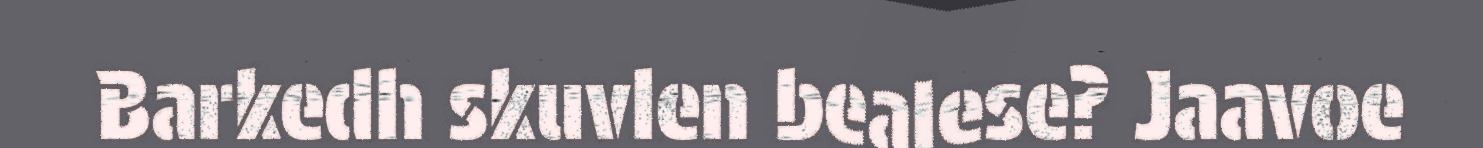
Barkedh skuvlen bealese? Jaavoe